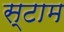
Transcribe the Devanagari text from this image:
स्टाम